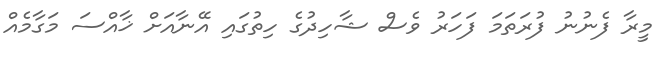
މީރާ ފެނުނު ފުރަތަމަ ފަހަރު ވެސް ޝާހިދުގެ ހިތުގައި އޭނާއަށް ޚާއްސަ މަގާމެއް